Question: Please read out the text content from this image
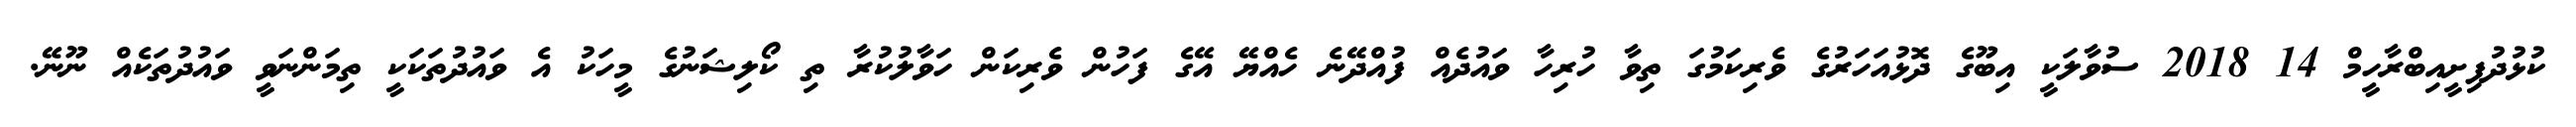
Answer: ކުޅުދުފިށީއިބްރާހީމް 14 2018 ސުވާލަކީ އިބޫގެ ދޮޅުއަހަރުގެ ވެރިކަމުގަ ތިވާ ހުރިހާ ވައުދެއް ފުއްދޭނެ ހެއްޔޭ އޭގެ ފަހުން ވެރިކަން ހަވާލުކުރާ ތި ކޯލިޝަނުގެ މީހަކު އެ ވައުދުތަކަކީ ތިމަންނަވީ ވައުދުތަކެއް ނޫނޭ.